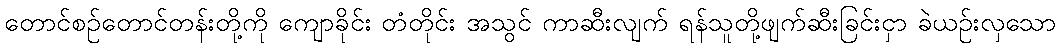
တောင်စဉ်တောင်တန်းတို့ကို ကျောခိုင်း တံတိုင်း အသွင် ကာဆီးလျက် ရန်သူတို့ဖျက်ဆီးခြင်းငှာ ခဲယဉ်းလှသော